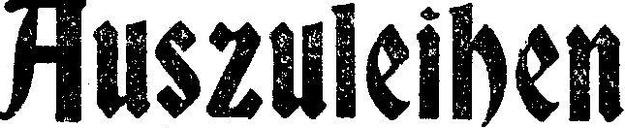
Auszuleihen